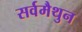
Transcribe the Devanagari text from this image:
सर्वमैथुन